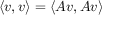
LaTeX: \langle v , v \rangle = \langle A v , A v \rangle